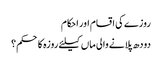
روزے کی اقسام اور احکام
دودھ پلانے والی ماں کیلئے روزہ کا حکم؟